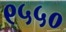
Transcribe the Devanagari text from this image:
९५५०